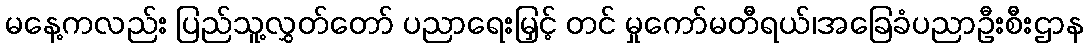
မနေ့ကလည်း ပြည်သူ့လွှတ်တော် ပညာရေးမြှင့် တင် မှုကော်မတီရယ်၊အခြေခံပညာဦးစီးဌာန